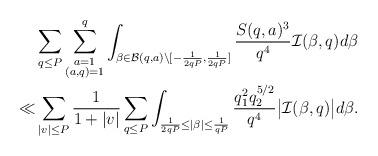
LaTeX: \begin{align*}&\sum_{q\le P}\sum_{\substack{a=1\\ (a,q)=1}}^q\int_{\beta\in\mathcal{B}(q,a)\setminus[-\frac{1}{2qP},\frac{1}{2qP}]}\frac{S(q,a)^3}{q^4}\mathcal{I}(\beta,q)d\beta\\ \ll & \sum_{|v|\le P}\frac{1}{1+|v|}\sum_{q\le P}\int_{\frac{1}{2qP}\le |\beta|\le\frac{1}{qP}}\frac{q_1^2q_2^{5/2}}{q^4}\big|\mathcal{I}(\beta,q)\big|d\beta.\end{align*}